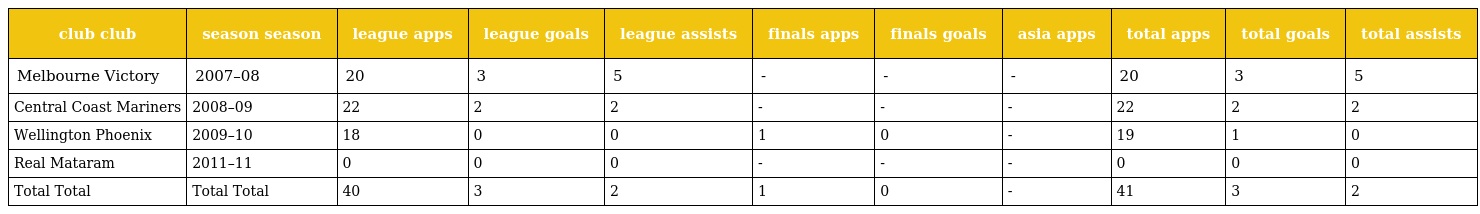
| club club | season season | league apps | league goals | league assists | finals apps | finals goals | asia apps | total apps | total goals | total assists |
 | --- | --- | --- | --- | --- | --- | --- | --- | --- | --- | --- |
 | Melbourne Victory | 2007–08 | 20 | 3 | 5 | - | - | - | 20 | 3 | 5 |
 | Central Coast Mariners | 2008–09 | 22 | 2 | 2 | - | - | - | 22 | 2 | 2 |
 | Wellington Phoenix | 2009–10 | 18 | 0 | 0 | 1 | 0 | - | 19 | 1 | 0 |
 | Real Mataram | 2011–11 | 0 | 0 | 0 | - | - | - | 0 | 0 | 0 |
 | Total Total | Total Total | 40 | 3 | 2 | 1 | 0 | - | 41 | 3 | 2 |